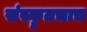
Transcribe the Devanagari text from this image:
संस्कॄतचाच